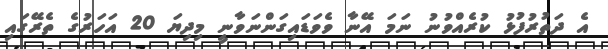
އެ ދަތުރުފުޅު ކުރެއްވުނު ނަމަ އޭނާ ވެވަޑައިގަންނަވާނީ މިދިޔަ 20 އަހަރުގެ ތެރޭގައި